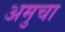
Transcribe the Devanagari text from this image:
अमुचा